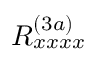
R _ { x x x x } ^ { ( 3 a ) }